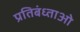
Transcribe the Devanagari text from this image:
प्रतिबंध्ताओ